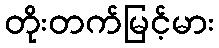
တိုးတက်မြင့်မား